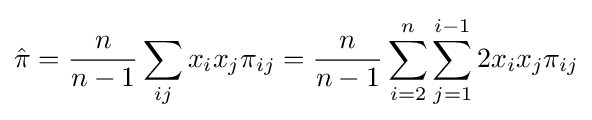
{\hat {\pi }}={\frac {n}{n-1}}\sum _{ij}x_{i}x_{j}\pi _{ij}={\frac {n}{n-1}}\sum _{i=2}^{n}\sum _{j=1}^{i-1}2x_{i}x_{j}\pi _{ij}